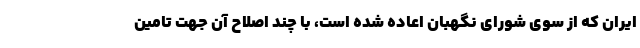
ایران که از سوی شورای نگهبان اعاده شده است، با چند اصلاح آن جهت تامین